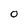
Character: O